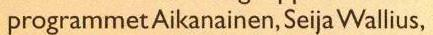
programmet Aikanainen, Seija Wallius,